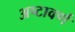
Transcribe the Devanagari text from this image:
अष्टावर्ण